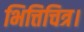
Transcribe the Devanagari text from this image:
भित्तिचित्र।